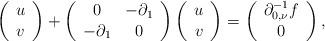
LaTeX: \begin{align*}\left(\begin{array}{c}u\\v\end{array}\right)+\left(\begin{array}{cc}0 & -\partial_{1}\\-\partial_{1} & 0\end{array}\right)\left(\begin{array}{c}u\\v\end{array}\right)=\left(\begin{array}{c}\partial_{0,\nu}^{-1}f\\0\end{array}\right),\end{align*}